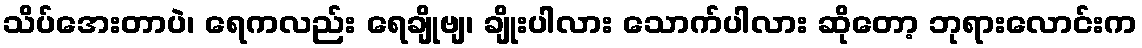
သိပ်အေးတာပဲ၊ ရေကလည်း ရေချိုဗျ၊ ချိုးပါလား သောက်ပါလား ဆိုတော့ ဘုရားလောင်းက